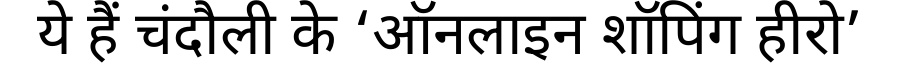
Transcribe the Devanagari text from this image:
ये हैं चंदौली के ‘ऑनलाइन शॉपिंग हीरो’